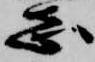
志